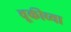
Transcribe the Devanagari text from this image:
चूकीच्या